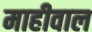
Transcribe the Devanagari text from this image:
माहीवाल